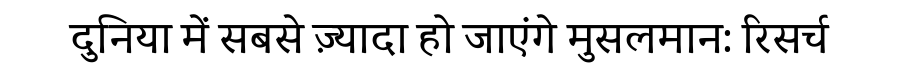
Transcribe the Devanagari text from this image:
दुनिया में सबसे ज़्यादा हो जाएंगे मुसलमान: रिसर्च